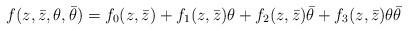
LaTeX: \begin{align*}f(z,\bar{z},\theta,\bar{\theta})=f_{0}(z,\bar{z})+f_{1}(z,\bar{z})\theta+f_{2}(z,\bar{z})\bar{\theta}+f_{3}(z,\bar{z})\theta\bar{\theta}\end{align*}